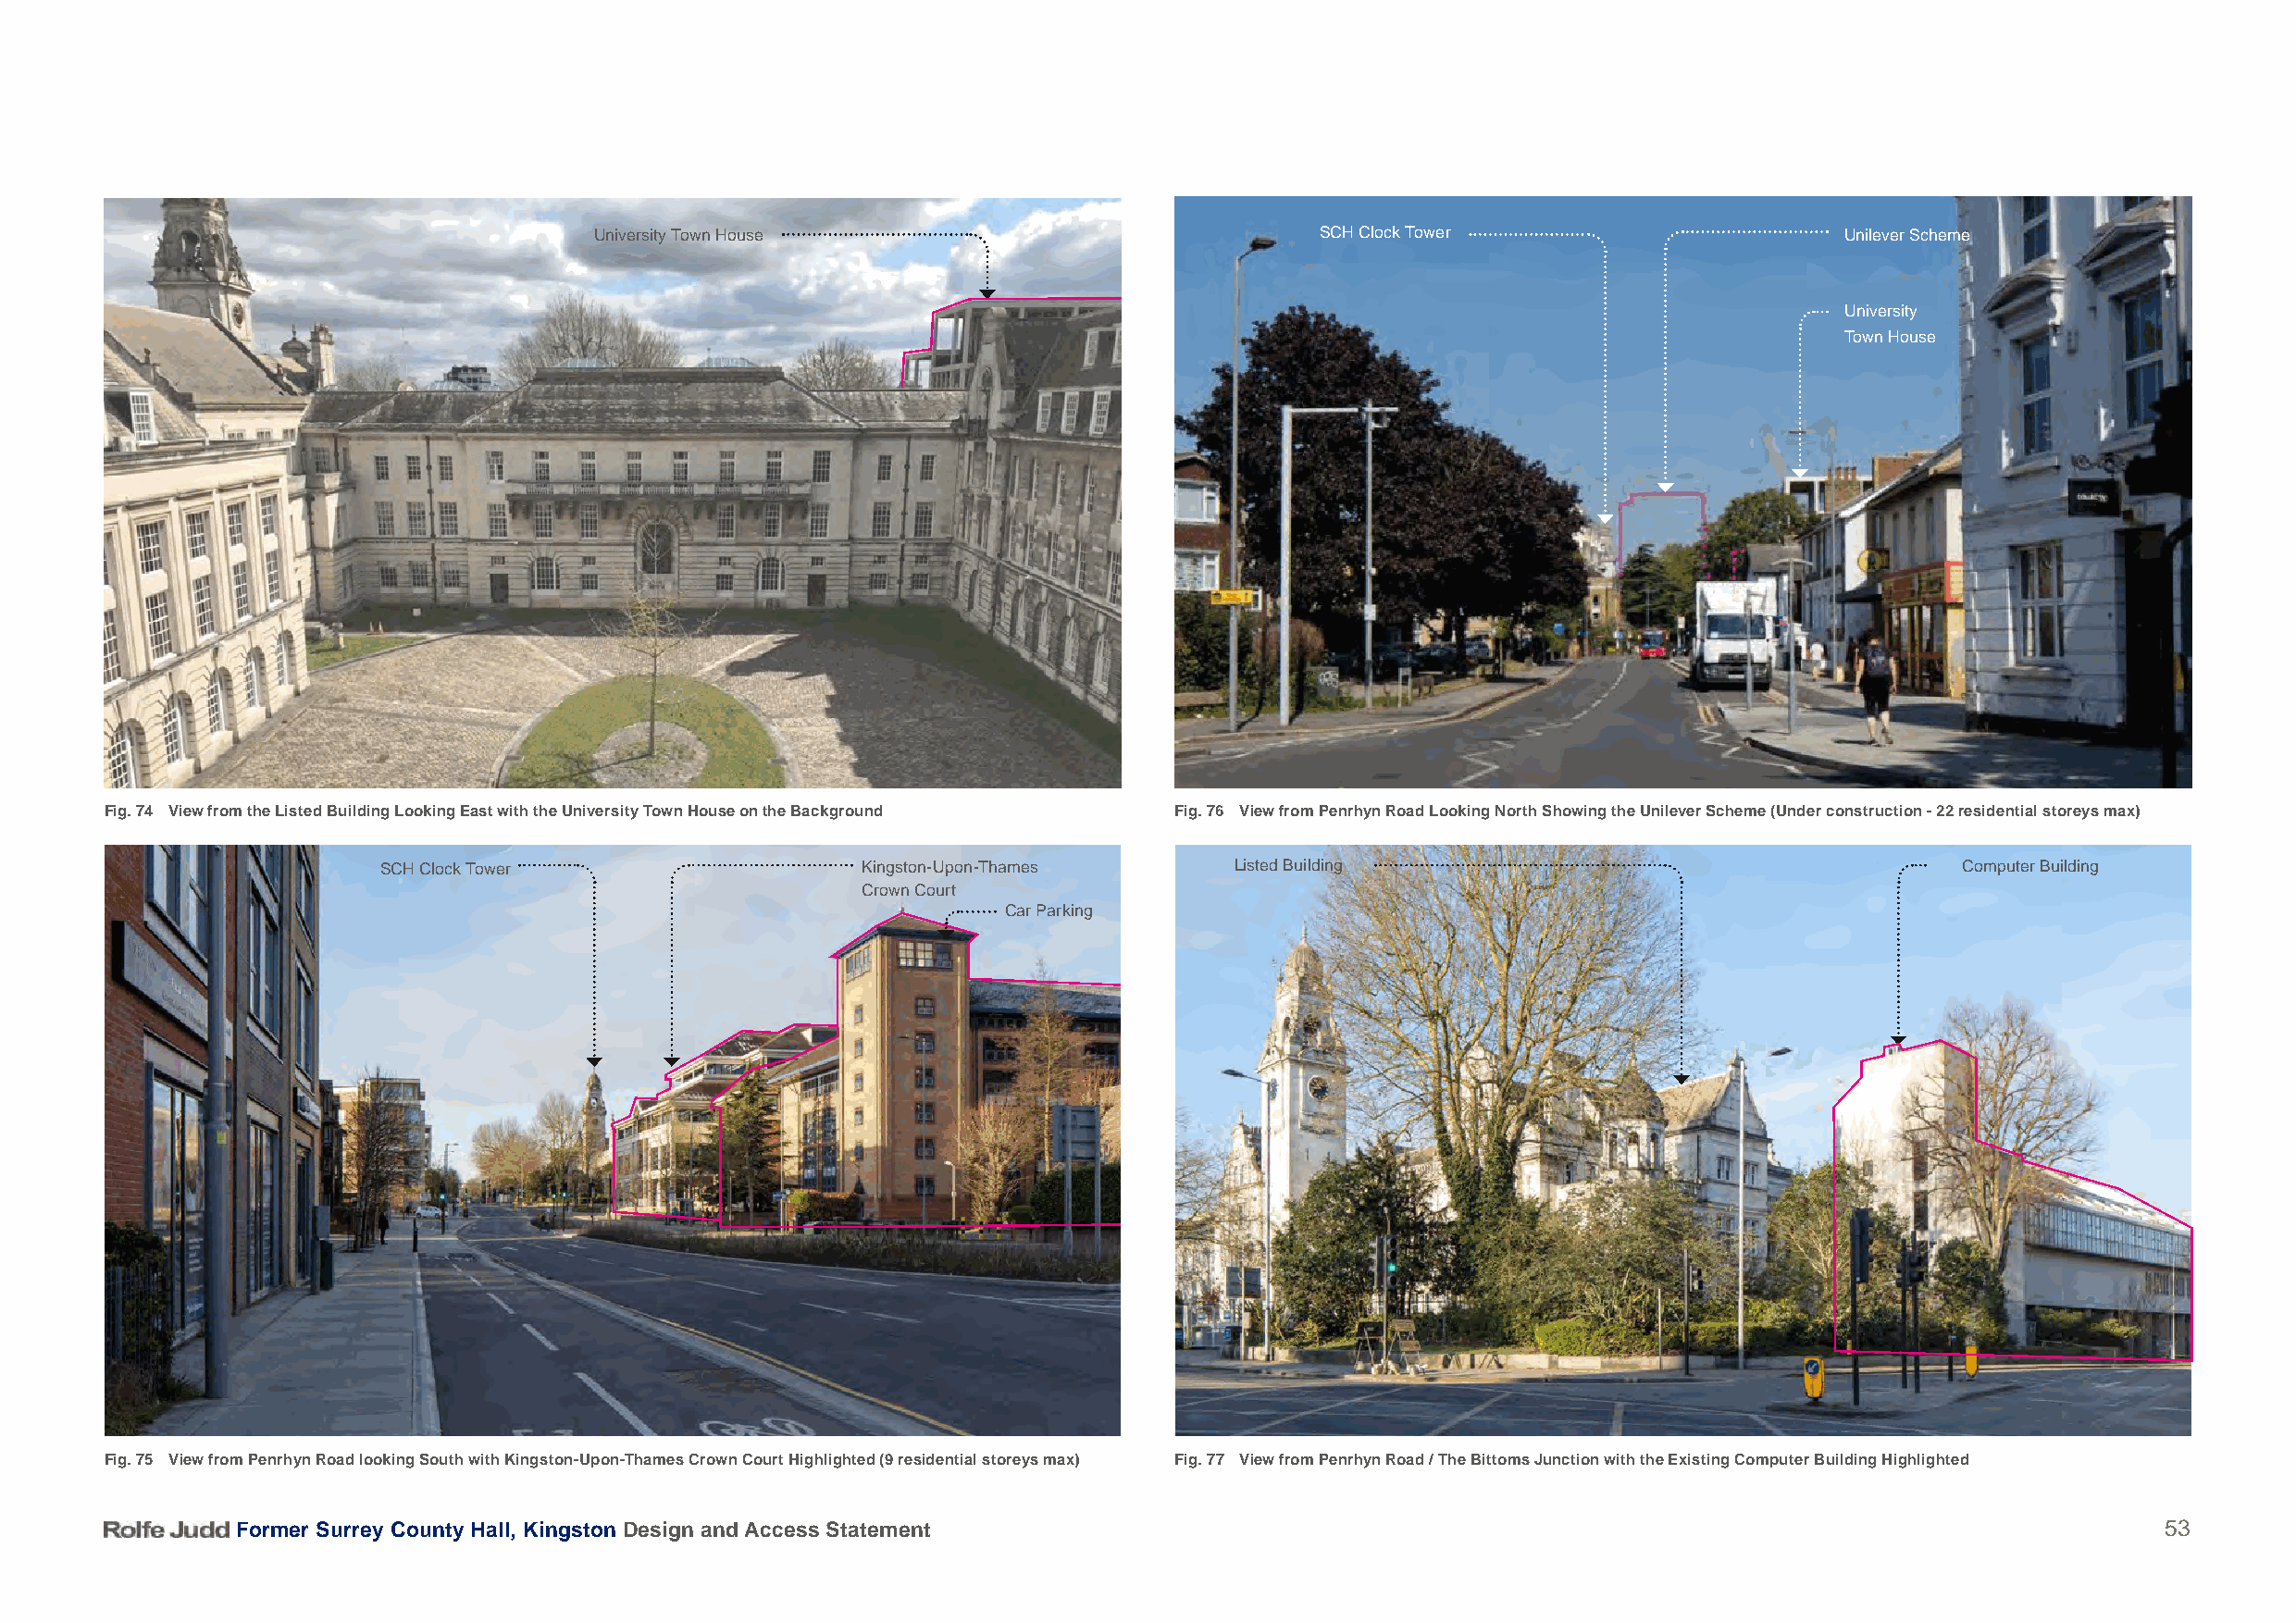
University Town House                               SCH Clock Tower                       Unilever Scheme
 University
 Town House
 Fig. 74 View from the Listed Building Looking East with the University Town House on the Background Fig. 76 View from Penrhyn Road Looking North Showing the Unilever Scheme (Under construction - 22 residential storeys max)
 SCH Clock Tower                    Kingston-Upon-Thames      Listed Building                                     Computer Building
 Crown Court
 Car Parking
 Fig. 75 View from Penrhyn Road looking South with Kingston-Upon-Thames Crown Court Highlighted (9 residential storeys max) Fig. 77 View from Penrhyn Road / The Bittoms Junction with the Existing Computer Building Highlighted
 Former Surrey County Hall, Kingston Design and Access Statement                                                                           53